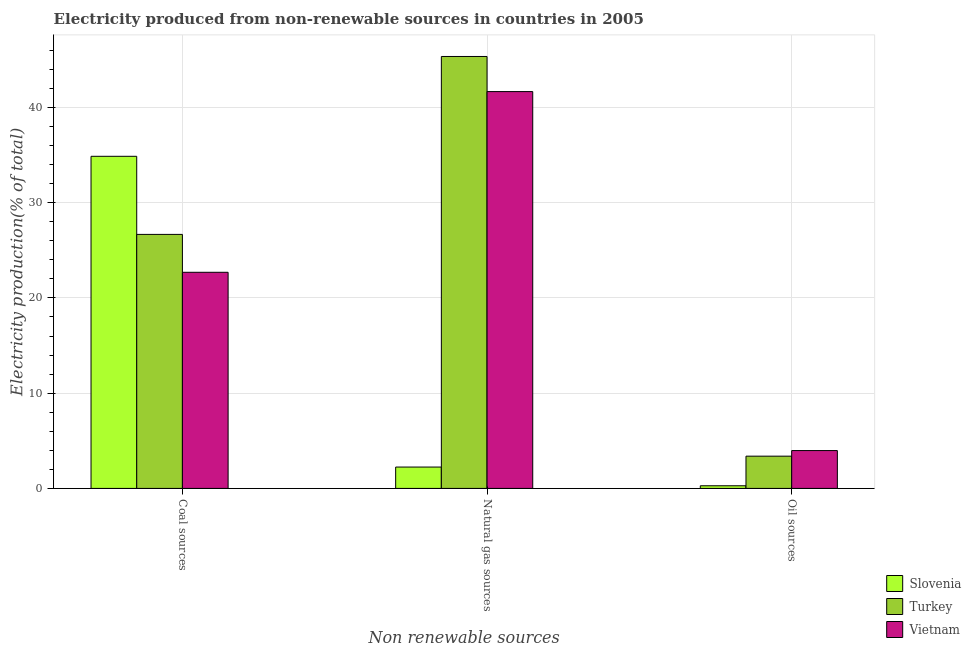
| Non renewable sources | Slovenia | Turkey | Vietnam |
 | --- | --- | --- | --- |
 | Coal sources | 34.9 | 26.7 | 22.7 |
 | Natural gas sources | 2.24 | 45.3 | 41.7 |
 | Oil sources | 0.278 | 3.39 | 3.97 |